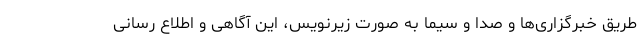
طریق خبرگزاری‌ها و صدا و سیما به صورت زیرنویس، این آگاهی و اطلاع رسانی